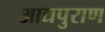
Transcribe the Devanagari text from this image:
आद्यपुराण